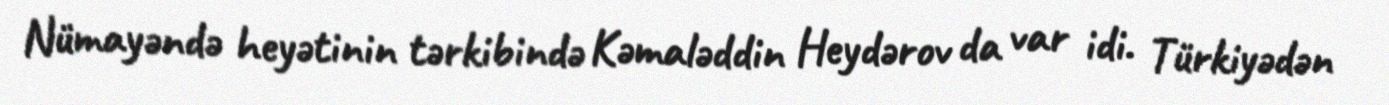
Nümayəndə heyətinin tərkibində Kəmaləddin Heydərov da var idi. Türkiyədən